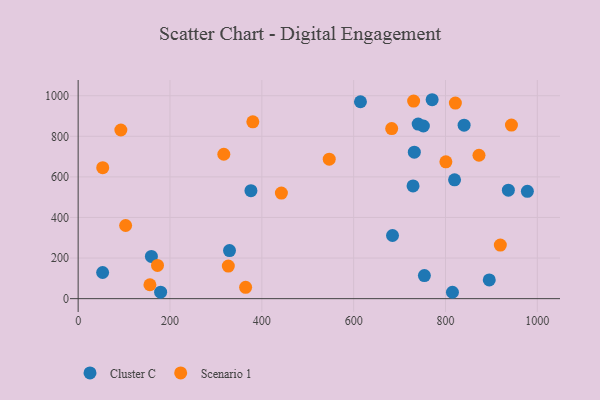
{"axis": {"x": "Price", "y": "Exam Score"}, "legend": ["Cluster C", "Scenario 1"], "data": [{"x": "978.3", "y": 528.7, "type": "Cluster C"}, {"x": "684.6", "y": 311.3, "type": "Cluster C"}, {"x": "732.1", "y": 721.7, "type": "Cluster C"}, {"x": "754.0", "y": 113.5, "type": "Cluster C"}, {"x": "815.1", "y": 31.4, "type": "Cluster C"}, {"x": "740.5", "y": 860.2, "type": "Cluster C"}, {"x": "936.9", "y": 534.4, "type": "Cluster C"}, {"x": "179.6", "y": 31.7, "type": "Cluster C"}, {"x": "895.3", "y": 92.3, "type": "Cluster C"}, {"x": "53.3", "y": 128.8, "type": "Cluster C"}, {"x": "751.8", "y": 850.8, "type": "Cluster C"}, {"x": "329.6", "y": 236.8, "type": "Cluster C"}, {"x": "729.3", "y": 555.7, "type": "Cluster C"}, {"x": "614.8", "y": 970.3, "type": "Cluster C"}, {"x": "376.3", "y": 532.3, "type": "Cluster C"}, {"x": "819.7", "y": 585.7, "type": "Cluster C"}, {"x": "159.5", "y": 208.3, "type": "Cluster C"}, {"x": "770.9", "y": 980.3, "type": "Cluster C"}, {"x": "840.5", "y": 854.8, "type": "Cluster C"}, {"x": "156.3", "y": 68.6, "type": "Scenario 1"}, {"x": "364.7", "y": 55.9, "type": "Scenario 1"}, {"x": "317.2", "y": 711.6, "type": "Scenario 1"}, {"x": "821.5", "y": 963.6, "type": "Scenario 1"}, {"x": "442.6", "y": 520.1, "type": "Scenario 1"}, {"x": "872.9", "y": 706.6, "type": "Scenario 1"}, {"x": "800.8", "y": 674.1, "type": "Scenario 1"}, {"x": "380.4", "y": 871.6, "type": "Scenario 1"}, {"x": "943.6", "y": 855.3, "type": "Scenario 1"}, {"x": "730.6", "y": 973.5, "type": "Scenario 1"}, {"x": "327.0", "y": 160.6, "type": "Scenario 1"}, {"x": "919.4", "y": 264.2, "type": "Scenario 1"}, {"x": "546.8", "y": 687.5, "type": "Scenario 1"}, {"x": "93.0", "y": 831.0, "type": "Scenario 1"}, {"x": "172.8", "y": 163.8, "type": "Scenario 1"}, {"x": "103.4", "y": 360.5, "type": "Scenario 1"}, {"x": "682.8", "y": 838.2, "type": "Scenario 1"}, {"x": "53.5", "y": 645.4, "type": "Scenario 1"}]}